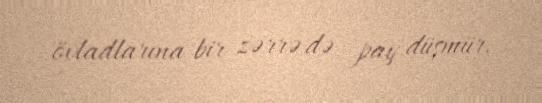
övladlarına bir zərrə də pay düşmür.